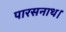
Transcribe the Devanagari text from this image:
पारसनाथ।